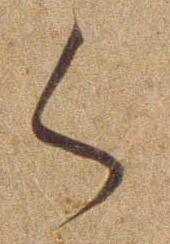
く